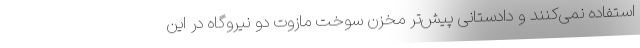
استفاده نمی‌کنند و دادستانی پیش‌تر مخزن سوخت مازوت دو نیروگاه در این